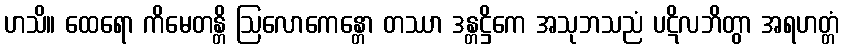
ဟသိ။ ထေရော ကိမေတန္တိ ဩလောကေန္တော တဿာ ဒန္တဋ္ဌိကေ အသုဘသညံ ပဋိလဘိတွာ အရဟတ္တံ